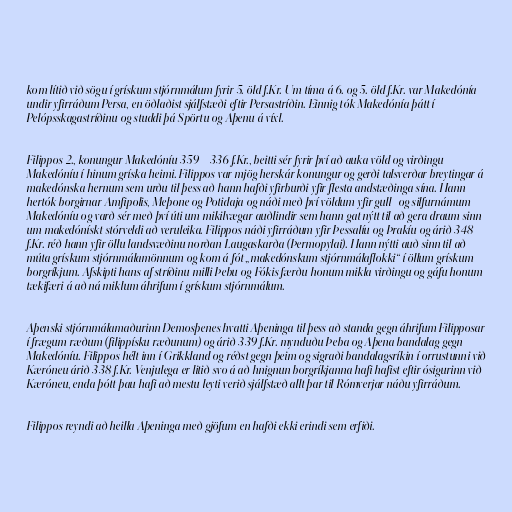
kom lítið við sögu í grískum stjórnmálum fyrir 5. öld f.Kr. Um tíma á 6. og 5. öld f.Kr. var Makedónía
undir yfirráðum Persa, en öðlaðist sjálfstæði eftir Persastríðin. Einnig tók Makedónía þátt í
Pelópsskagastríðinu og studdi þá Spörtu og Aþenu á víxl.

Filippos 2., konungur Makedóníu 359 – 336 f.Kr., beitti sér fyrir því að auka völd og virðingu
Makedóníu í hinum gríska heimi. Filippos var mjög herskár konungur og gerði talsverðar breytingar á
makedónska hernum sem urðu til þess að hann hafði yfirburði yfir flesta andstæðinga sína. Hann
hertók borgirnar Amfipolis, Meþone og Potidaja og náði með því völdum yfir gull- og silfurnámum
Makedóníu og varð sér með því úti um mikilvægar auðlindir sem hann gat nýtt til að gera draum sinn
um makedónískt stórveldi að veruleika. Filippos náði yfirráðum yfir Þessalíu og Þrakíu og árið 348
f.Kr. réð hann yfir öllu landsvæðinu norðan Laugaskarða (Þermopylai). Hann nýtti auð sinn til að
múta grískum stjórnmálamönnum og kom á fót „makedónskum stjórnmálaflokki“ í öllum grískum
borgríkjum. Afskipti hans af stríðinu milli Þebu og Fókis færðu honum mikla virðingu og gáfu honum
tækifæri á að ná miklum áhrifum í grískum stjórnmálum.

Aþenski stjórnmálamaðurinn Demosþenes hvatti Aþeninga til þess að standa gegn áhrifum Filipposar
í frægum ræðum (filippísku ræðunum) og árið 339 f.Kr. mynduðu Þeba og Aþena bandalag gegn
Makedóníu. Filippos hélt inn í Grikkland og réðst gegn þeim og sigraði bandalagsríkin í orrustunni við
Kæróneu árið 338 f.Kr. Venjulega er litið svo á að hnignun borgríkjanna hafi hafist eftir ósigurinn við
Kæróneu, enda þótt þau hafi að mestu leyti verið sjálfstæð allt þar til Rómverjar náðu yfirráðum.

Filippos reyndi að heilla Aþeninga með gjöfum en hafði ekki erindi sem erfiði.